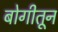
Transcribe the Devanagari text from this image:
बोगीतून